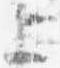
上